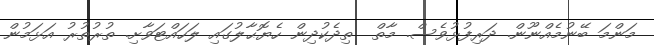
މަންމަ ބޭނުމެއްނޫން. ދަރިފުޅުވެސް. މާތް  ތިދެކުދިން ހެޔޮޙާލުގައި ލަހައްޓަވާށި. ތުރުތުރު އަޅަމުން